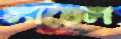
লায়েল